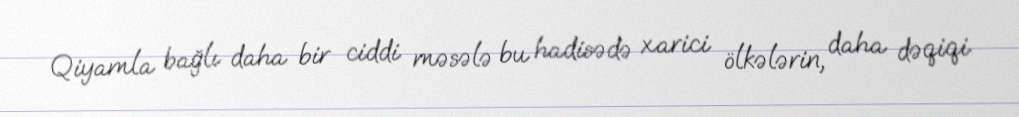
Qiyamla bağlı daha bir ciddi məsələ bu hadisədə xarici ölkələrin, daha dəqiqi